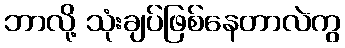
ဘာလို့ သုံးချပ်ဖြစ်နေတာလဲကွ